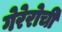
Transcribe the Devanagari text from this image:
गेरेरोची